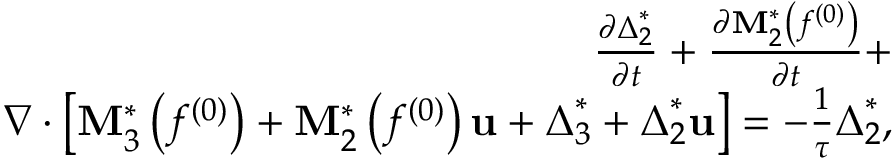
\begin{array} { r l r } & { } & { \frac { { \partial { \boldsymbol { \Delta } } _ { 2 } ^ { * } } } { { \partial t } } + \frac { { \partial { \bf { M } } _ { 2 } ^ { * } \left( { { f ^ { ( 0 ) } } } \right) } } { { \partial t } } + } \\ & { } & { \nabla \cdot \left[ { { \bf { M } } _ { 3 } ^ { * } \left( { { f ^ { ( 0 ) } } } \right) + { \bf { M } } _ { 2 } ^ { * } \left( { { f ^ { ( 0 ) } } } \right) { \bf { u } } + { \boldsymbol { \Delta } } _ { 3 } ^ { * } + { \boldsymbol { \Delta } } _ { 2 } ^ { * } { \bf { u } } } \right] = - \frac { 1 } { \tau } { \boldsymbol { \Delta } } _ { 2 } ^ { * } , } \end{array}